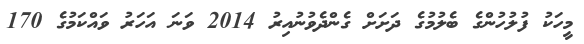
މީހަކު ފުލުހުންގެ ބެލުމުގެ ދަށަށް ގެންދެވުނުއިރު 2014 ވަނަ އަހަރު ވައްކަމުގެ 170